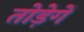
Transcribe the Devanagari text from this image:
तोड़ेगें